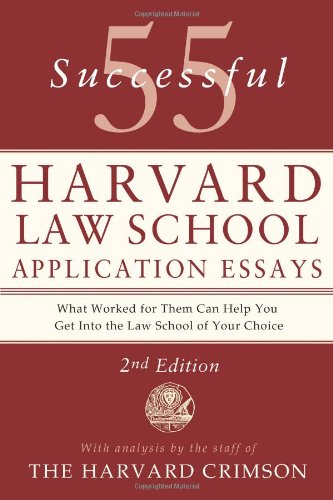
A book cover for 55 Successful Harvard Law School Application Essays: With Analysis by the Staff of The Harvard Crimson; Staff of the Harvard Crimson; Test Preparation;